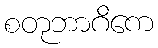
စတုဘာဂိကေ